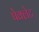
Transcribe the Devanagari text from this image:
पेक्लेट